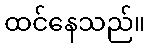
ထင်နေသည်။